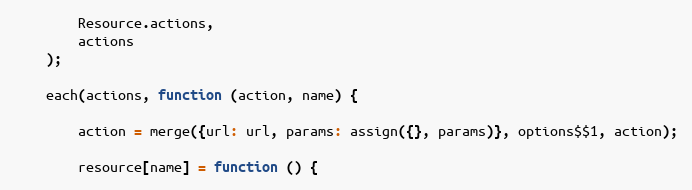
Language: JavaScript
        Resource.actions,
        actions
    );

    each(actions, function (action, name) {

        action = merge({url: url, params: assign({}, params)}, options$$1, action);

        resource[name] = function () {